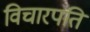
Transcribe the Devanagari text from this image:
विचारपति